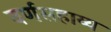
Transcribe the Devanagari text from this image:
वर्णसहाय्य